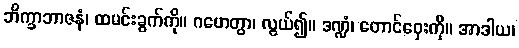
ဘိက္ခာဘာဇနံ၊ ထမင်းခွက်ကို။ ဂဟေတွာ၊ လွယ်၍။ ဒဏ္ဍံ၊ တောင်ဝှေးကို။ အာဒါယ၊